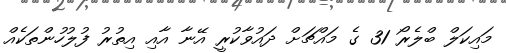
މައިކަލް ބްލެރޯ 31 ގެ މައްޗަށް ދައުވާކުރީ އޭނާ އާއި އިތުރު ފުލުހުންތަކެއް